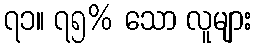
၇၁။ ၇၅% သော လူများ